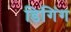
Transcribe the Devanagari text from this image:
डिगिंग